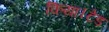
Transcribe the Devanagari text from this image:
किया।टेड